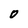
Character: 0